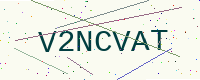
Text: V2NCVAT